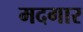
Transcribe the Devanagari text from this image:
मदगार